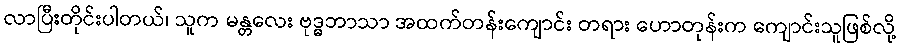
လာပြီးတိုင်းပါတယ်၊ သူက မန္တလေး ဗုဒ္ဓဘာသာ အထက်တန်းကျောင်း တရား ဟောတုန်းက ကျောင်းသူဖြစ်လို့